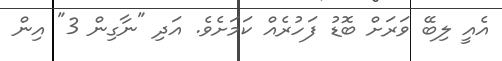
އެއީ ލިބޭ ވަރަށް ބޮޑު ފަހުރެއް ކަމަށެވެ. އަދި "ނާގިން 3" އިން